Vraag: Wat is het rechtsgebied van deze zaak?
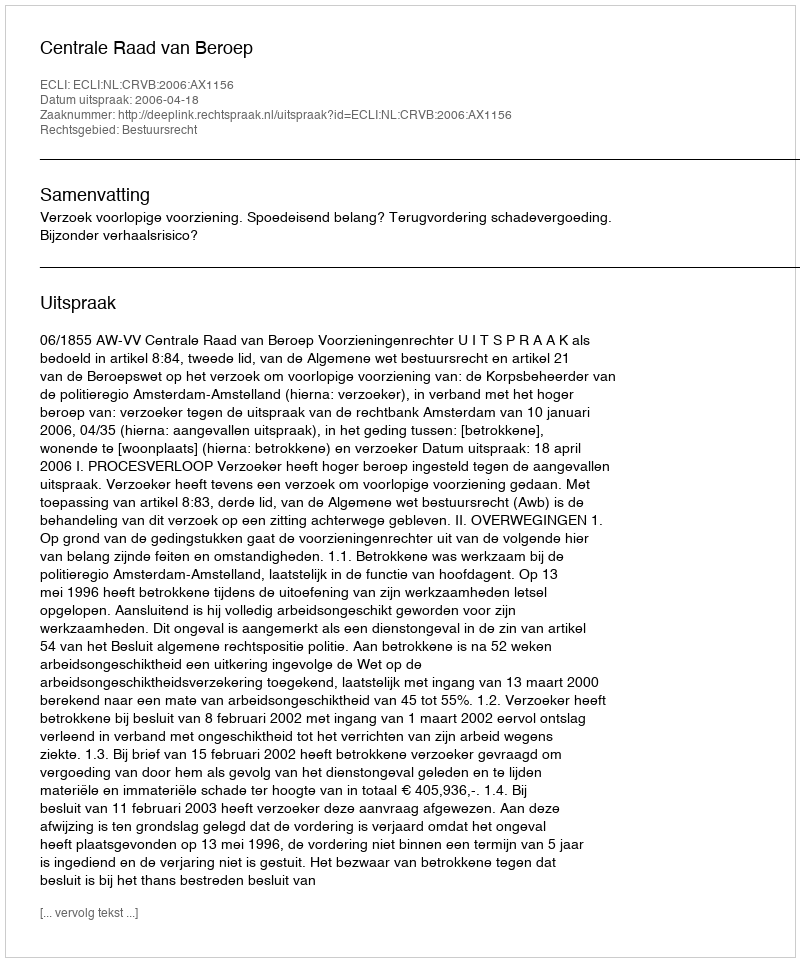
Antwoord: Bestuursrecht